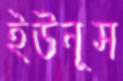
ইউনূস